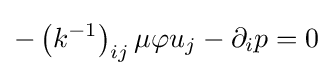
-\left(k^{-1}\right)_{ij}\mu \varphi u_{j}-\partial _{i}p=0